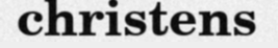
christens